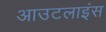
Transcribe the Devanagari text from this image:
आउटलाइंस